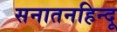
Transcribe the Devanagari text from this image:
सनातनहिन्दू